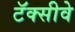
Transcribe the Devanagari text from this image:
टॅक्सीवे